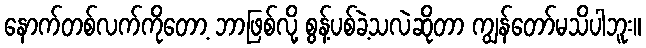
နောက်တစ်လက်ကိုတော့ ဘာဖြစ်လို့ စွန့်ပစ်ခဲ့သလဲဆိုတာ ကျွန်တော်မသိပါဘူး။